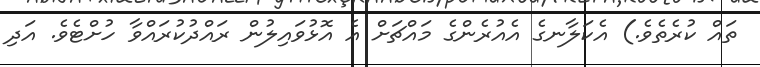
ތައް ކުރެތެވެ.) އެކަލާނގެ އެއުރެންގެ މައްޗަށް އެ އޮޅުވައިލުން ރައްދުކުރައްވާ ހުށްޓެވެ. އަދި